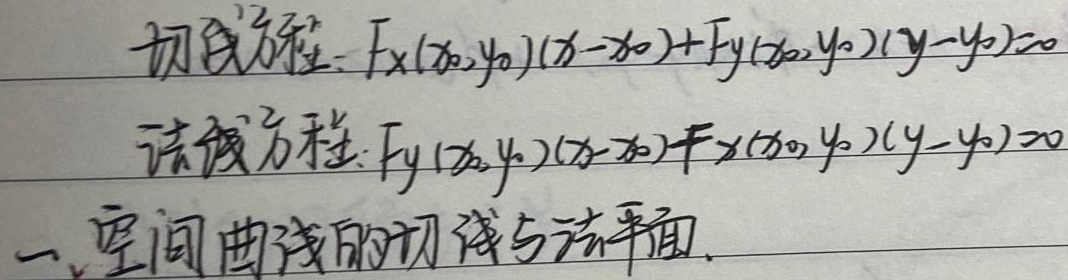
切线方程：\(F_x(x_0,y_0)(x - x_0)+F_y(x_0,y_0)(y - y_0)=0\)
法线方程：\(F_y(x_0,y_0)(x - x_0)-F_x(x_0,y_0)(y - y_0)=0\)

一、空间曲线的切线与法平面。